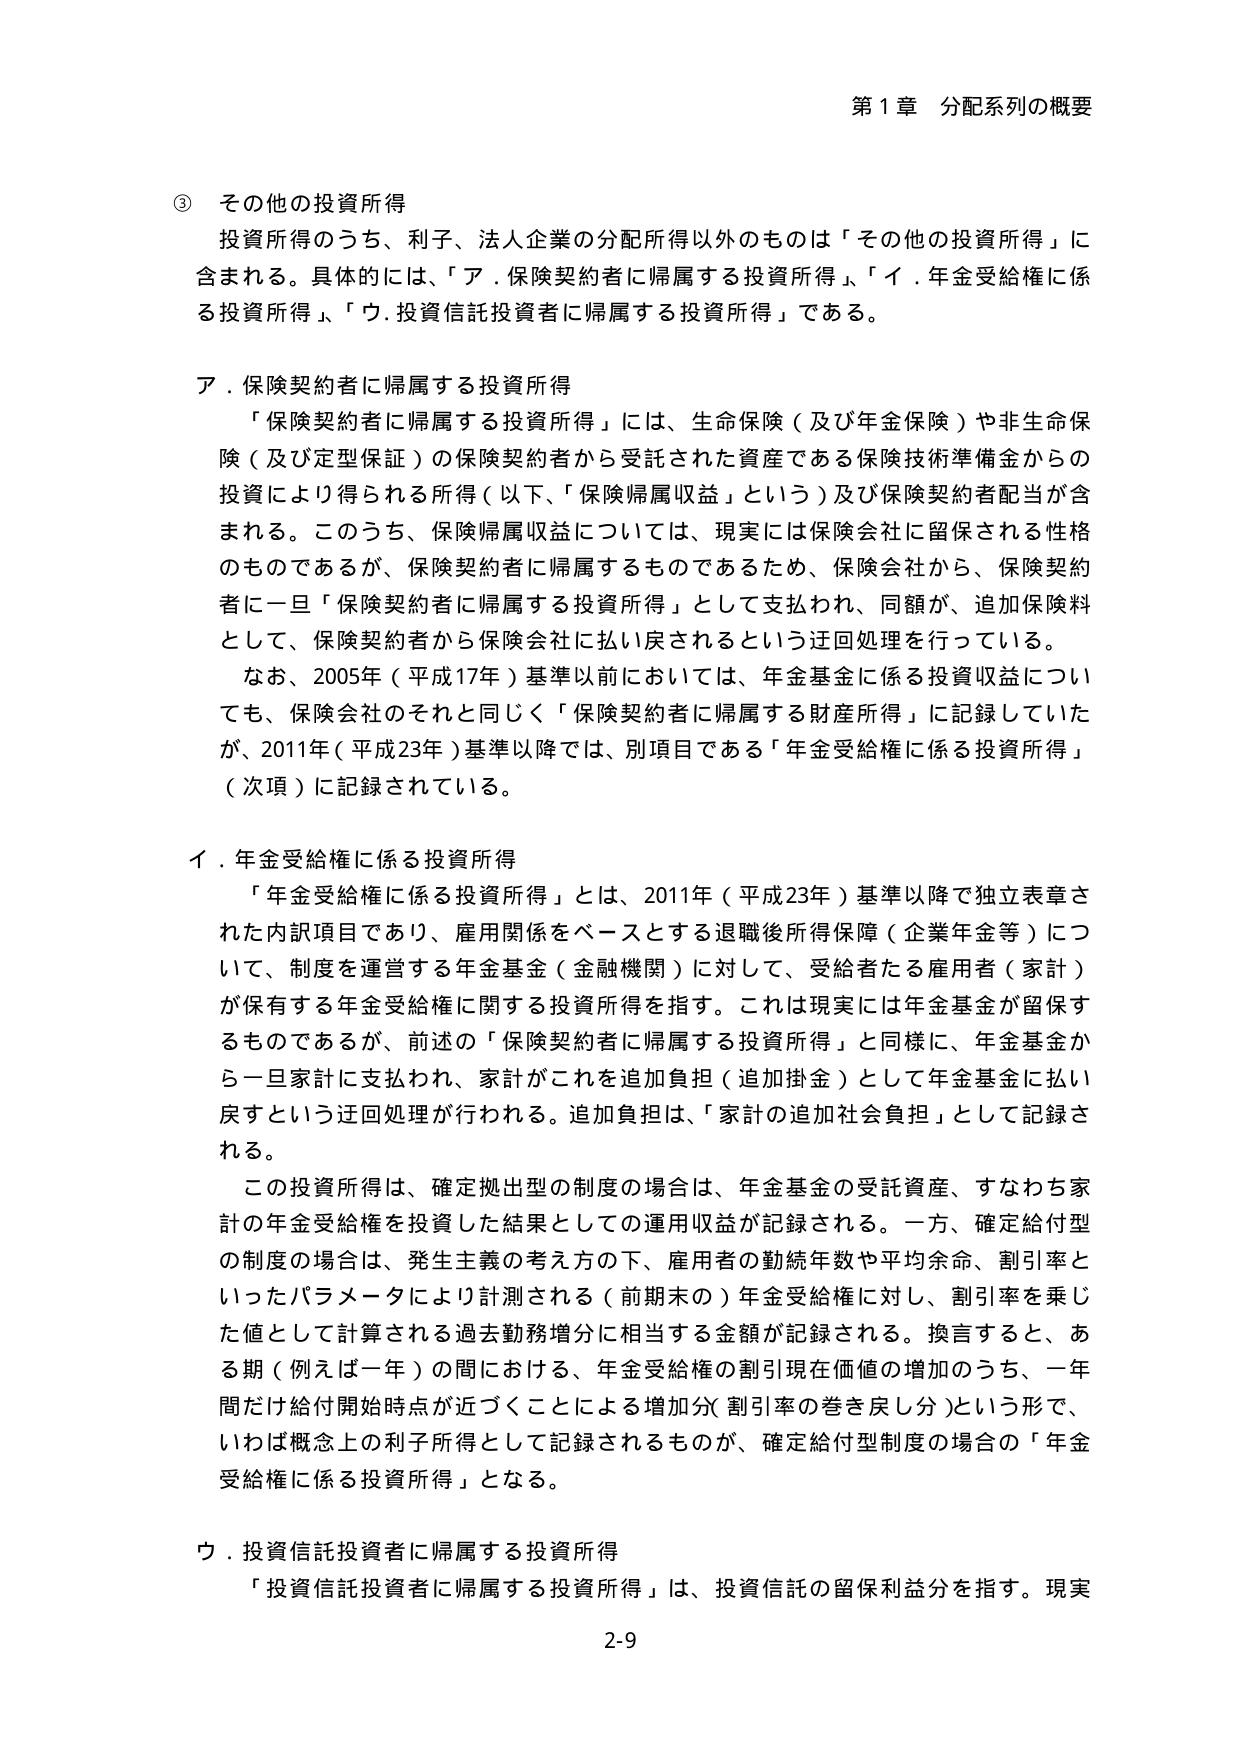
第1章 分配系列の概要

③ その他の投資所得
投資所得のうち、利子、法人企業の分配所得以外のものは「その他の投資所得」に含まれる。具体的には、「ア．保険契約者に帰属する投資所得」、「イ．年金受給権に係る投資所得」、「ウ．投資信託投資者に帰属する投資所得」である。

ア．保険契約者に帰属する投資所得
「保険契約者に帰属する投資所得」には、生命保険（及び年金保険）や非生命保険（及び定型保証）の保険契約者から受託された資産である保険技術準備金からの投資により得られる所得（以下、「保険帰属収益」という）及び保険契約者配当が含まれる。このうち、保険帰属収益については、現実には保険会社に留保される性格のものであるが、保険契約者に帰属するものであるため、保険会社から、保険契約者に一旦「保険契約者に帰属する投資所得」として支払われ、同額が、追加保険料として、保険契約者から保険会社に払い戻されるという迂回処理を行っている。
なお、2005年（平成17年）基準以前においては、年金基金に係る投資収益についても、保険会社のそれと同じく「保険契約者に帰属する財産所得」に記録していたが、2011年（平成23年）基準以降では、別項目である「年金受給権に係る投資所得」（次項）に記録されている。

イ．年金受給権に係る投資所得
「年金受給権に係る投資所得」とは、2011年（平成23年）基準以降で独立表章された内訳項目であり、雇用関係をベースとする退職後所得保障（企業年金等）について、制度を運営する年金基金（金融機関）に対して、受給者たる雇用者（家計）が保有する年金受給権に関する投資所得を指す。これは現実には年金基金が留保するものであるが、前述の「保険契約者に帰属する投資所得」と同様に、年金基金から一旦家計に支払われ、家計がこれを追加負担（追加掛金）として年金基金に払い戻すという迂回処理が行われる。追加負担は、「家計の追加社会負担」として記録される。
この投資所得は、確定拠出型の制度の場合は、年金基金の受託資産、すなわち家計の年金受給権を投資した結果としての運用収益が記録される。一方、確定給付型の制度の場合は、発生主義の考え方の下、雇用者の勤続年数や平均余命、割引率といったパラメータにより計測される（前期末の）年金受給権に対し、割引率を乗じた値として計算される過去勤務増分に相当する金額が記録される。換言すると、ある期（例えば一年）の間における、年金受給権の割引現在価値の増加のうち、一年間だけ給付開始時点が近づくことによる増加分（割引率の巻き戻し分）という形で、いわば概念上の利子所得として記録されるものが、確定給付型制度の場合の「年金受給権に係る投資所得」となる。

ウ．投資信託投資者に帰属する投資所得
「投資信託投資者に帰属する投資所得」は、投資信託の留保利益分を指す。現実

2-9